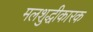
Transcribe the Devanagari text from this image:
मलशुद्धीकारक